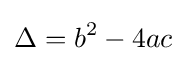
\Delta =b^{2}-4ac